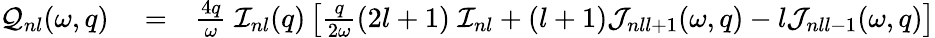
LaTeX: \begin{array}{rlr}{{\cal Q}_{nl}(\omega,q)}&{{}=}&{\frac{4q}{\omega}\; {\cal I}_{nl}(q)\left[\frac{q}{2\omega}(2l+1)\; {\cal I}_{nl}+(l+1){\cal J}_{nll+1}(\omega,q)-l{\cal J}_{nll-1}(\omega,q)\right]}\end{array}